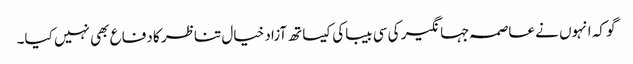
گو کہ انہوں نے عاصمہ جہانگیر کی سی بیباکی کیساتھ آزاد خیال تناظر کا دفاع بھی نہیں کیا۔